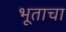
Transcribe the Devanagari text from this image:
भूताचा